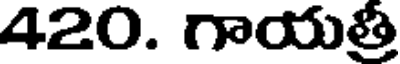
420. గాయత్రీ